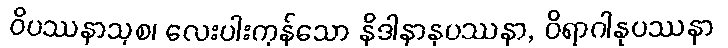
ဝိပဿနာသုစ၊ လေးပါးကုန်သော နိဒါနာနုပဿနာ, ဝိရာဂါနုပဿနာ